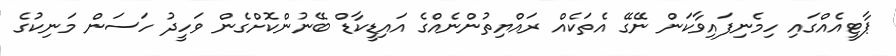
ޕާޓީއެއްގައި ހިމެނިފައިވާކަން ނޭގޭ އެތަކެއް ރައްޔިތުންނެއްގެ އައިޑީކާޑް ބޭނުންކޮށްގެން ވަހީދު ހަސަން މަނިކުގެ